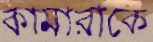
কামারাকে